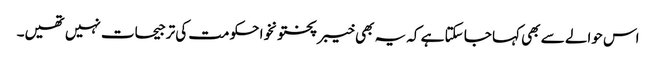
اس حوالے سے بھی کہا جا سکتا ہے کہ یہ بھی خیبر پختونخوا حکومت کی ترجیحات نہیں تھیں۔